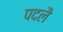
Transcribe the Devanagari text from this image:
पदलै